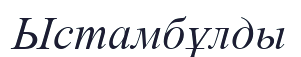
Ыстамбұлды